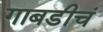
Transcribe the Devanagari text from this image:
गाबडीचं